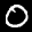
Digit: 0